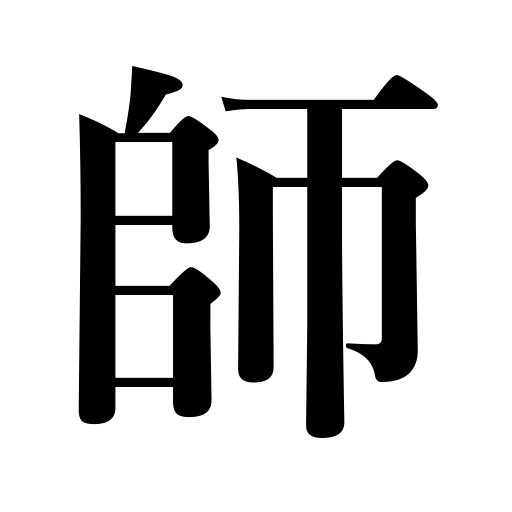
Meanings: master,exemplary person,war,teacher,army